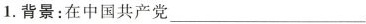
1.背景：在中国共产党___